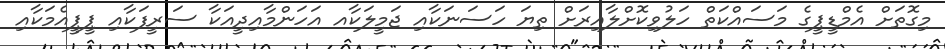
މިގޮތަށް އެމްޑީޕީގެ މަސައްކަތް ހަލުވިކޮށްލާއިރަށް ތިޔަ ހަސަނަކާއި ޖަމީލަކާއ އަހަންމާއިދީއަކާ ސަރީފަކާއި ޕީޕީއެމަކާއި